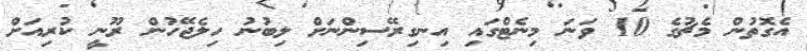
އެގޮތުން މެޗުގެ 10 ވަނަ މިނެޓްގައި އިނގިރޭސިންނަށް ލިބުނު ހިލެޖޭހުން ރޫނީ ކުރިއަށް